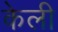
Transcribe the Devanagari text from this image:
केली